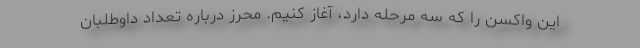
این واکسن را که سه مرحله دارد، آغاز کنیم. محرز درباره تعداد داوطلبان